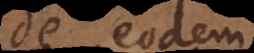
de eodem